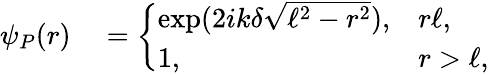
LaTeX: \begin{array}{rl}{\psi_{P}(r)}&{{}=\left\{ \begin{array}{ll}{\exp(2ik\delta\sqrt{\ell^{2}-r^{2}}),}&{r\le\ell,}\\ {1,}&{r>\ell,}\end{array}\right.}\end{array}